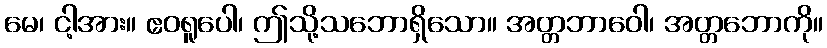
မေ၊ ငါ့အား။ ဧဝရူပေါ၊ ဤသို့သဘောရှိသော။ အတ္တဘာဝေါ၊ အတ္တဘောကို။